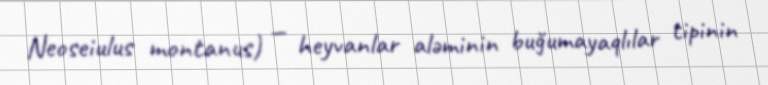
Neoseiulus montanus) — heyvanlar aləminin buğumayaqlılar tipinin